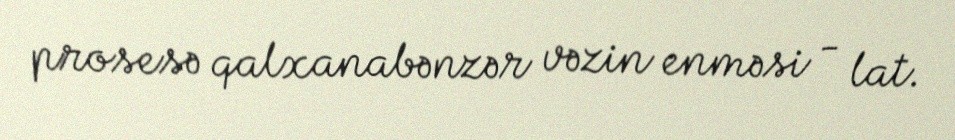
prosesə qalxanabənzər vəzin enməsi - lat.